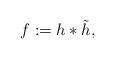
LaTeX: \begin{align*}f := h*\tilde{h},\end{align*}